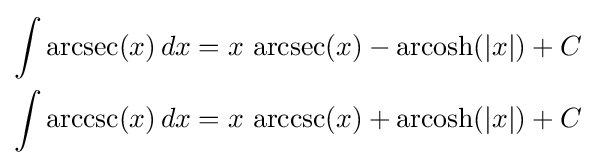
{\begin{aligned}\int \operatorname {arcsec} (x)\,dx&{}=x\,\operatorname {arcsec} (x)-\operatorname {arcosh} (|x|)+C\\\int \operatorname {arccsc} (x)\,dx&{}=x\,\operatorname {arccsc} (x)+\operatorname {arcosh} (|x|)+C\\\end{aligned}}